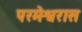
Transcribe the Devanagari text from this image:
परमेश्वरास